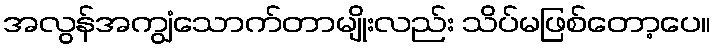
အလွန်အကျွံသောက်တာမျိုးလည်း သိပ်မဖြစ်တော့ပေ။